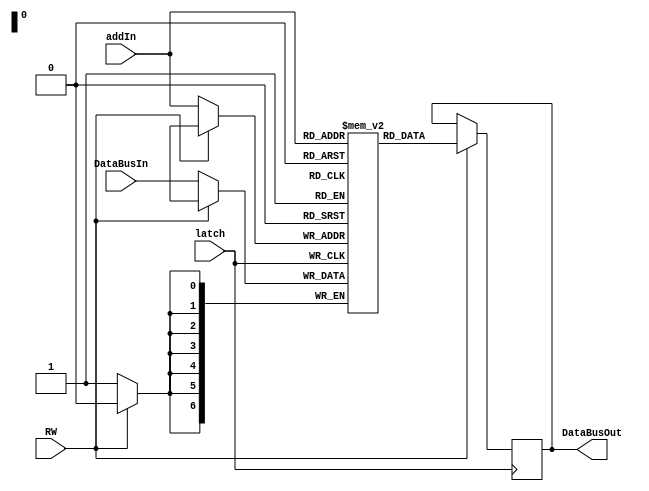
module Memory(latch,RW,DataBusIn,DataBusOut,addIn);

parameter BUS_SIZE = 7;
parameter MEMORY_SIZE = 90;
parameter BLOCK_SIZE = 7;
parameter POL_LATCH =1;
parameter POL_RW = 1;
input latch,RW;
input[(BUS_SIZE-1):0] addIn;
input [(BUS_SIZE-1):0] DataBusIn;

wire ilatch,iRW;
output [(BUS_SIZE-1):0] DataBusOut;
reg [(BUS_SIZE-1):0] DataBusOut;

reg [(BLOCK_SIZE-1):0] memory[0:(MEMORY_SIZE-1)];

assign ilatch = (POL_LATCH == 1)?latch : ~latch;
assign iRW = (POL_RW == 1)?RW : ~RW;

always @(posedge(ilatch))
begin


	if(iRW)
	begin
		DataBusOut <= memory[addIn];
	end
	else
	begin 
		memory[addIn] <= DataBusIn;
	end
end




endmodule